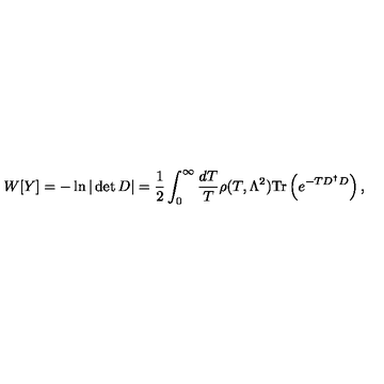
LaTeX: W [ Y ] = - \ln | \det D | = \frac { 1 } { 2 } \int _ { 0 } ^ { \infty } \frac { d T } { T } \rho ( T , \Lambda ^ { 2 } ) \mathrm { T r } \left( e ^ { - T D ^ { \dagger } D } \right) ,